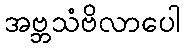
အဗ္ဘသံဗိလာပေါ